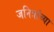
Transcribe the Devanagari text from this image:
जनित्रांच्या